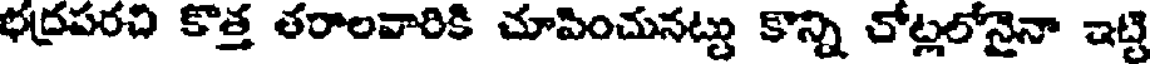
భద్రపరచి కొత్త తరాలవారికి చూపించునట్టు కొన్ని చోట్లలోనైనా ఇట్టి